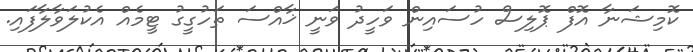
ކޮމިޝަނާ އޮފް ޕޮލިސް ހުސައިން ވަހީދު ވަނީ ޚާއްސަ ތަހުގީގު ޓީމެއް އެކުލަވާލާފައި.